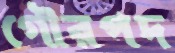
গৌরপদ